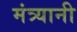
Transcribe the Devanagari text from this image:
मंत्र्यानी